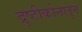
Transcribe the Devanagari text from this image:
द्रुष्टीकोनातुन